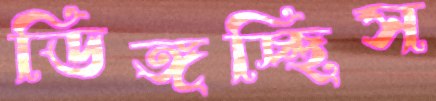
ডিঙ্গচ্ছিস